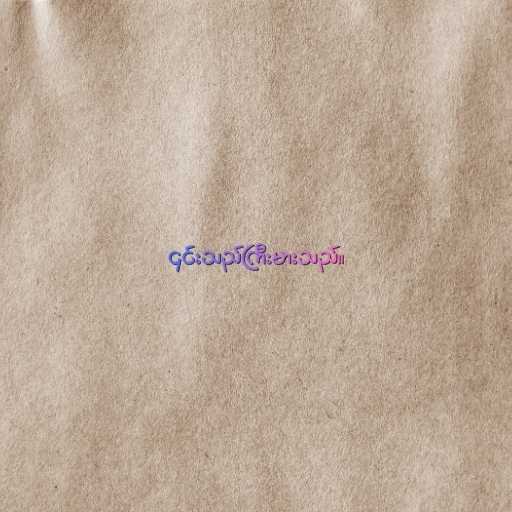
၎င်းသည်ကြီးမားသည်။